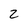
Character: 2